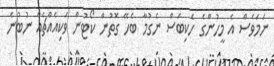
ނަމަވެސް އެ މީހުންގެ ހެކިބަސް ނެގުމާ ބެހޭ ގޮތުން ކޯޓުން ވަކިއެއްޗެއް ނުބުނެ